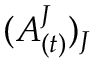
( A _ { ( t ) } ^ { J } ) _ { J }